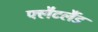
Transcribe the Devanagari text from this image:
फ्लैटलैंड